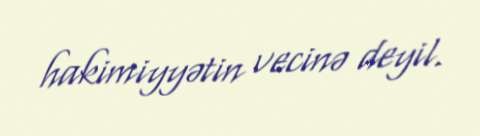
hakimiyyətin vecinə deyil.